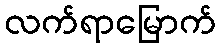
လက်ရာမြောက်